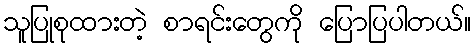
သူပြုစုထားတဲ့ စာရင်းတွေကို ပြောပြပါတယ်။